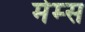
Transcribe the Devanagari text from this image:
मेम्स